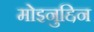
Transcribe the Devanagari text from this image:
मोइनुद्दिन